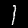
Digit: 1